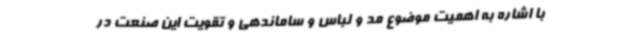
با اشاره به اهمیت موضوع مد و لباس و ساماندهی و تقویت این صنعت در